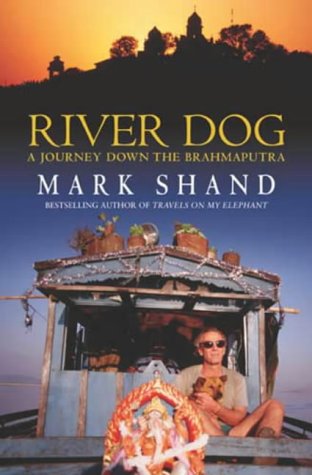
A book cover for River Dog: A Journey Down the Brahmaputra; Mark Shand; Travel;